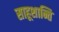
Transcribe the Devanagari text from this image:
साहूशान्ति